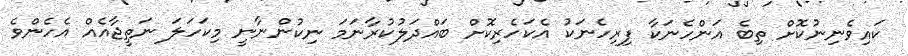
ކައިވެނިނުކޮށް ތިބެ އަންހެނަކާ ފިރިހެނަކު އެކަހެރިކޮށް ބައްދަލުކުރާނަމަ ނިކުންނާނީ މިކަހަލަ ނަތީޖާއެއް އެހެންވެ